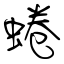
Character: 蜷